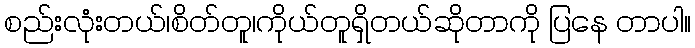
စည်းလုံးတယ်၊စိတ်တူ၊ကိုယ်တူရှိတယ်ဆိုတာကို ပြနေ တာပါ။